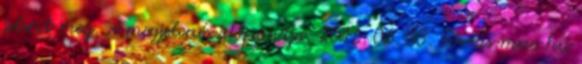
jelent meg. A megjelenés időpontja: 2016. 06. 03. Forrás:mno.hu